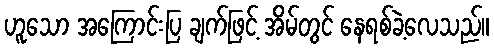
ဟူသော အကြောင်းပြ ချက်ဖြင့် အိမ်တွင် နေရစ်ခဲ့လေသည်။